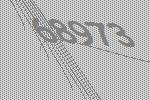
68973